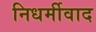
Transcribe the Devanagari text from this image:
निधर्मीवाद